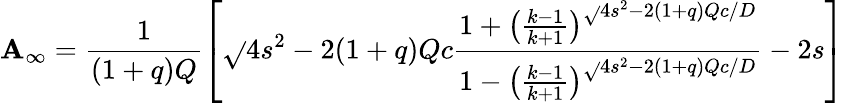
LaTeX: \mathbf{A}_{\infty}=\frac{{1}}{{(1+q)Q}}\left[\sqrt{}{{4s^{2}-2(1+q)Qc}}\frac{{1+\left(\frac{{k-1}}{{k+1}}\right)^{\sqrt{}{{4s^{2}-2(1+q)Qc}}/D}}}{{1-\left(\frac{{k-1}}{{k+1}}\right)^{\sqrt{}{{4s^{2}-2(1+q)Qc}}/D}}}-2s\right]